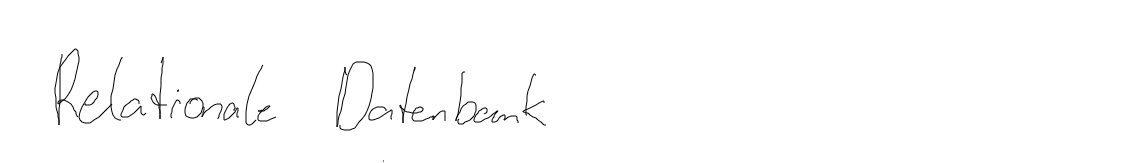
Relationale Datenbank